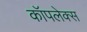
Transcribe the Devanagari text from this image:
कॉपलेक्स